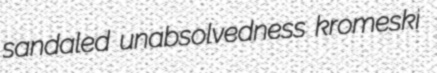
sandaled unabsolvedness kromeski